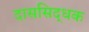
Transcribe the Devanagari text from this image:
दाससिद्धक